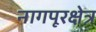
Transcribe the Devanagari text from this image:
नागपूरक्षेत्र